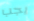
يجب